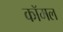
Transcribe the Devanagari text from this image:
कॉमल